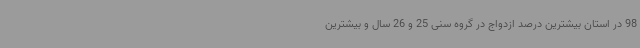
98 در استان بیشترین درصد ازدواج‌ در گروه سنی 25 و 26 سال و بیشترین